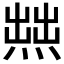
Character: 𱫼